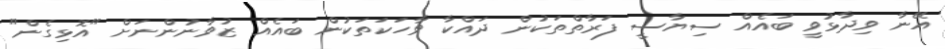
އޭނާ ވިދާޅުވީ ބައެއް ސިޔާސީ ފަރާތްތަކުން ދައްކާ ވާހަކަތަކުން ބައެއް ޒުވާނުންނަށް "އޮޅިގެން"